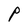
Character: P